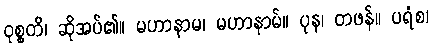
ဝုစ္စတိ၊ ဆိုအပ်၏။ မဟာနာမ၊ မဟာနာမ်။ ပုန၊ တဖန်။ ပရံစ၊